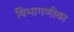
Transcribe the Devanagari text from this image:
विभागणीवर